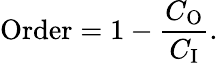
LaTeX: {\mathrm{Order}}=1-{\frac{C_{\mathrm{O}}}{C_{\mathrm{I}}}}.